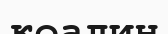
коалин